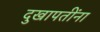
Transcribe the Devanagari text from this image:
दुखापतींना